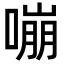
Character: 嘣